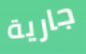
جارية